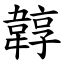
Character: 韕